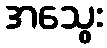
အသွေး